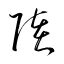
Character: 陸